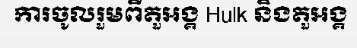
ការចូលរួមពីតួអង្គ Hulk និងតួអង្គ